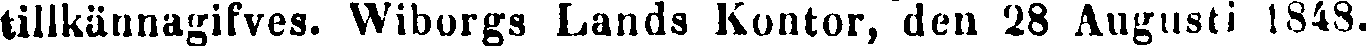
tillkännagifves. Wiborgs Lands Kontor, den 28 Augusti 1848.